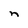
Character: n